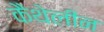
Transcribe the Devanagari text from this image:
कैथेलीन